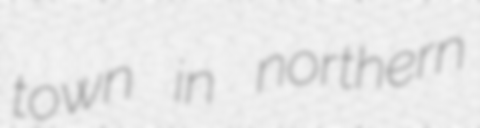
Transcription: town in northern